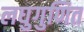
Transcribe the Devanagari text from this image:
लघुगुणित